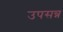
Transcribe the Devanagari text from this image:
उपसन्न